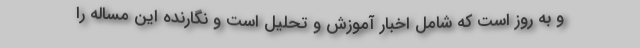
و به روز است كه شامل اخبار آموزش و تحليل است و نگارنده اين مساله را